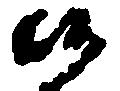
候